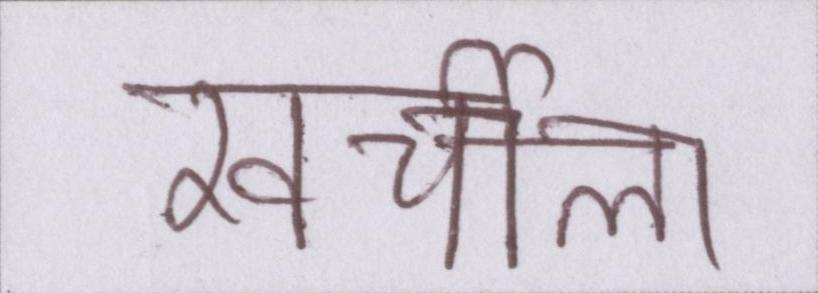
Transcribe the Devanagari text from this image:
खर्चीला